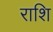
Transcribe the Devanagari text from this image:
राशि